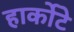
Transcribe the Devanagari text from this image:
हार्कोटे